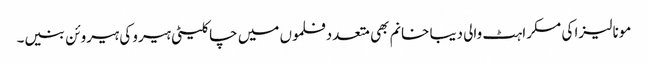
مونا لیزا کی مسکراہٹ والی دیبا خانم بھی متعددفلموں میں چاکلیٹی ہیرو کی ہیروئن بنیں۔